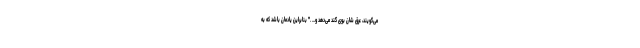
می‌گویند، عرق شان بوی گند می‌دهد و... ." بنابراین یادمان باشد که به